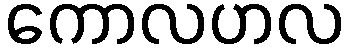
ကောလဟလ